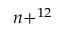
n + ^ { 1 2 }